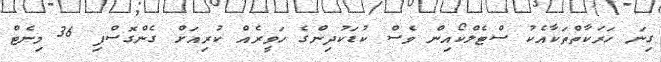
ގިނަ ހަރަކާތްތަކާއެކު ސްޓެލްކޯއިން ވެސް ކުޑަކުދިންގެ ހަވީރެއް ކުރިއަށް ގެންގޮސްފި 36 މިނެޓް